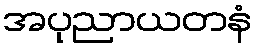
အပုညာယတနံ